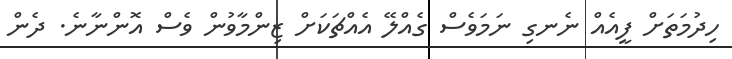
ހިދުމަތަށް ފީއެއް ނެނގި ނަަމަވެސް ގެއްލޭ އެއްޗަކަށް ޒިންމާވުން ވެސް އޮންނާނެ. ދެން